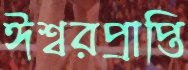
ঈশ্বরপ্রাপ্তি